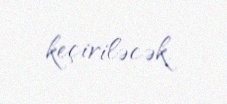
keçiriləcək.